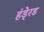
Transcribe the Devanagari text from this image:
हंडे्रड